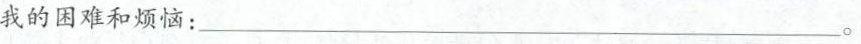
我的困难和烦恼：___。